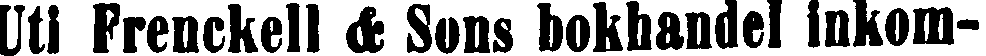
Uti Frenckell & Sons bokhandel inkom-